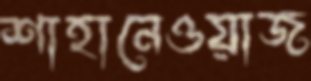
শাহানেওয়াজ